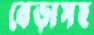
বেড়াসহ